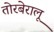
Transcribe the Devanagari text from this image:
तोरबेरालू